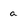
Character: a